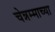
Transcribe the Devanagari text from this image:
चेन्नम्माच्या